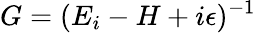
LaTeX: G=(E_{i}-H+i\epsilon)^{-1}